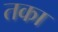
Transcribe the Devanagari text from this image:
तका